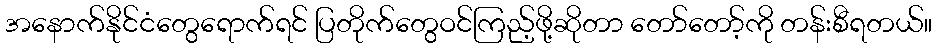
အနောက်နိုင်ငံတွေရောက်ရင် ပြတိုက်တွေဝင်ကြည့်ဖို့ဆိုတာ တော်တော့်ကို တန်းစီရတယ်။